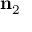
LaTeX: \mathbf { n } _ { 2 }